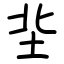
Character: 㘳